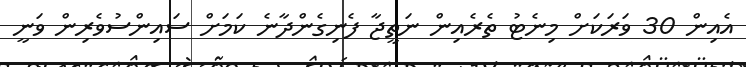
އެއިން 30 ވަރަކަށް މިނެޓު ތެރެއިން ނަތީޖާ ފެނިގެންދާނެ ކަމަށް ސައިންސުވެރިން ވަނީ